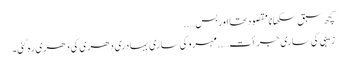
کچھ سبق سکھانا مقصود تھا اور بس…..
زیبی کی ساری جرأت…..مہرو کی ساری بہادری دھری کی دھری رہ گئی۔